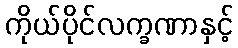
ကိုယ်ပိုင်လက္ခဏာနှင့်